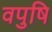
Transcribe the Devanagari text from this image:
वपुषि